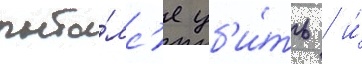
пыта́лс'я уб'и́ть / и́